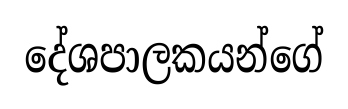
දේශපාලකයන්ගේ